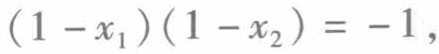
\((1 - x_{1})(1 - x_{2}) = - 1\)